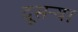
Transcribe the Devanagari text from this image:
दूसऱ्या